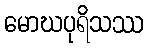
မောဃပုရိသဿ